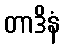
တာဒိနံ